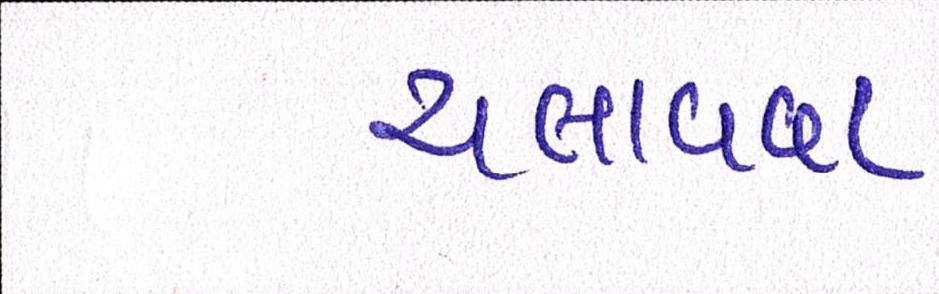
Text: ચલાવવા